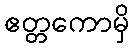
ဧတ္တကောမှိ